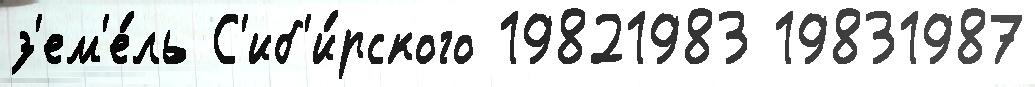
з'ем'е́ль С'иб'и́рского 19821983 19831987